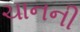
ચાનની